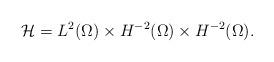
LaTeX: \begin{align*}\mathcal{H}=L^2(\Omega)\times H^{-2}(\Omega)\times H^{-2}(\Omega).\end{align*}